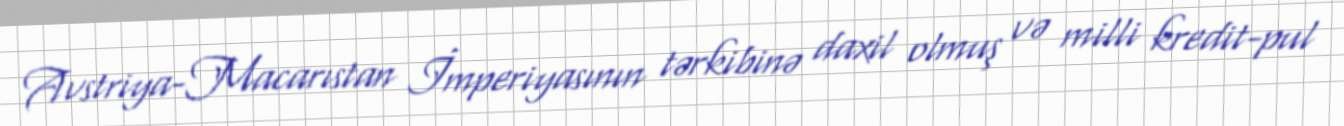
Avstriya-Macarıstan İmperiyasının tərkibinə daxil olmuş və milli kredit-pul